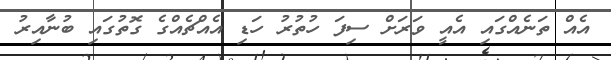
އެއް ތަނެއްގައި އެއީ ވަރަށް ސިފަ ހުތުރު ހަޑި އެއްޗެއްގެ ގޮތުގައި ބުނާއިރު